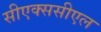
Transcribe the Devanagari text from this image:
सीएक्ससीएल